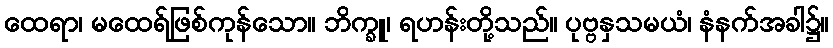
ထေရာ၊ မထေရ်ဖြစ်ကုန်သော။ ဘိက္ခူ၊ ရဟန်းတို့သည်။ ပုဗ္ဗနှသမယံ၊ နံနက်အခါ၌။